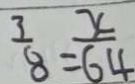
\frac { 3 } { 8 } = \frac { x } { 6 4 }